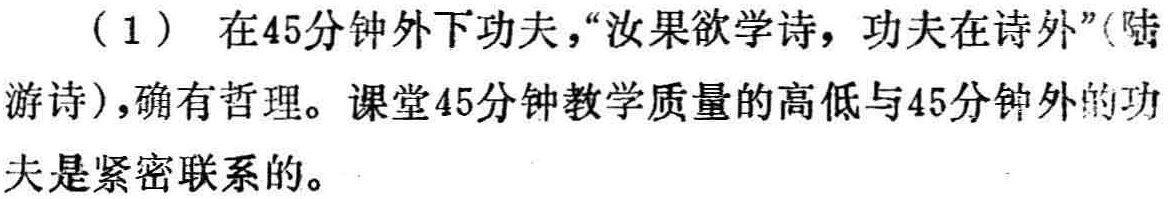
（1）在45分钟外下功夫，“汝果欲学诗，功夫在诗外”(陆游诗)，确有哲理。课堂45分钟教学质量的高低与45分钟外的功夫是紧密联系的。